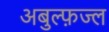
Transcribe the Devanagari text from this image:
अबुल्फ़ज्ल